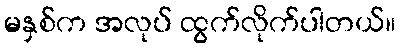
မနှစ်က အလုပ် ထွက်လိုက်ပါတယ်။